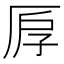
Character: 𠩞